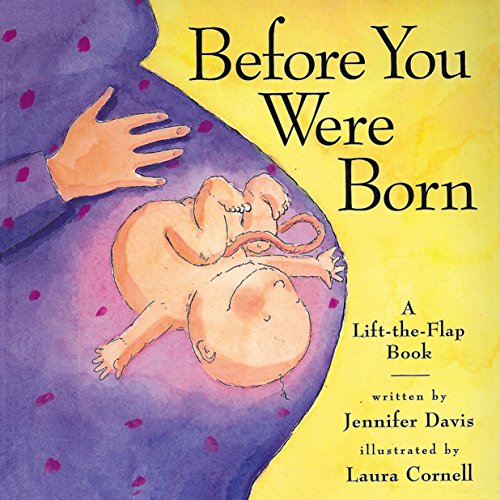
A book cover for Before You Were Born; Jennifer Davis; Children's Books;